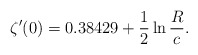
\begin{align*}\zeta' (0)= 0.38429+\frac{1}{2}\ln\frac{R}{c}. \end{align*}